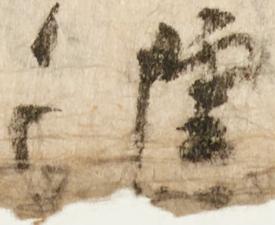
進